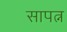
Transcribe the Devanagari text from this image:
सापत्न